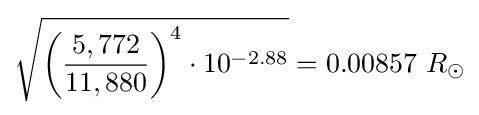
{\sqrt {{\biggl (}{\frac {5,772}{11,880}}{\biggr )}^{4}\cdot 10^{-2.88}}}=0.00857\ R_{\odot }